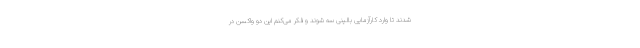
شدند تا وارد کارآزمایی بالینی سه شوند و فکر می‌کنم این دو واکسن در